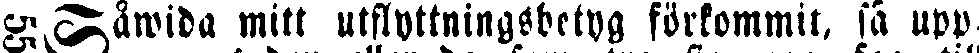
#Såwida mitt utflyttningsbetyg förkommit, så upp